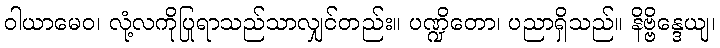
ဝါယာမေဝ၊ လုံ့လကိုပြုရာသည်သာလျှင်တည်း။ ပဏ္ဍိတော၊ ပညာရှိသည်။ နိဗ္ဗိန္ဒေယျ၊